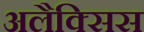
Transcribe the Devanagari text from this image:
अलैक्सिस